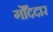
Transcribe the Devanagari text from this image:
गोँददार